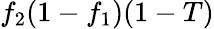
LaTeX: f_{2}(1-f_{1})(1-T)